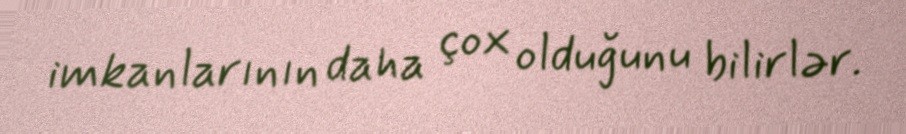
imkanlarının daha çox olduğunu bilirlər.